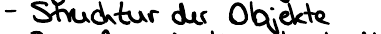
- Struktur der Objekte